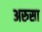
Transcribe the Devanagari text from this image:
अरुसा